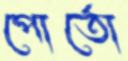
পোর্তো